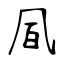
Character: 凮